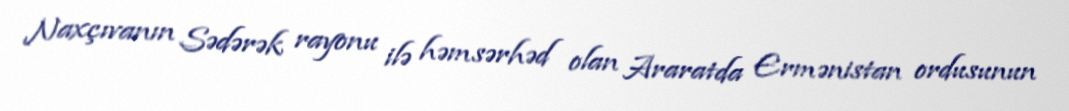
Naxçıvanın Sədərək rayonu ilə həmsərhəd olan Araratda Ermənistan ordusunun